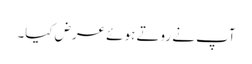
آپ نے روتے ہوئے عرض کیا۔